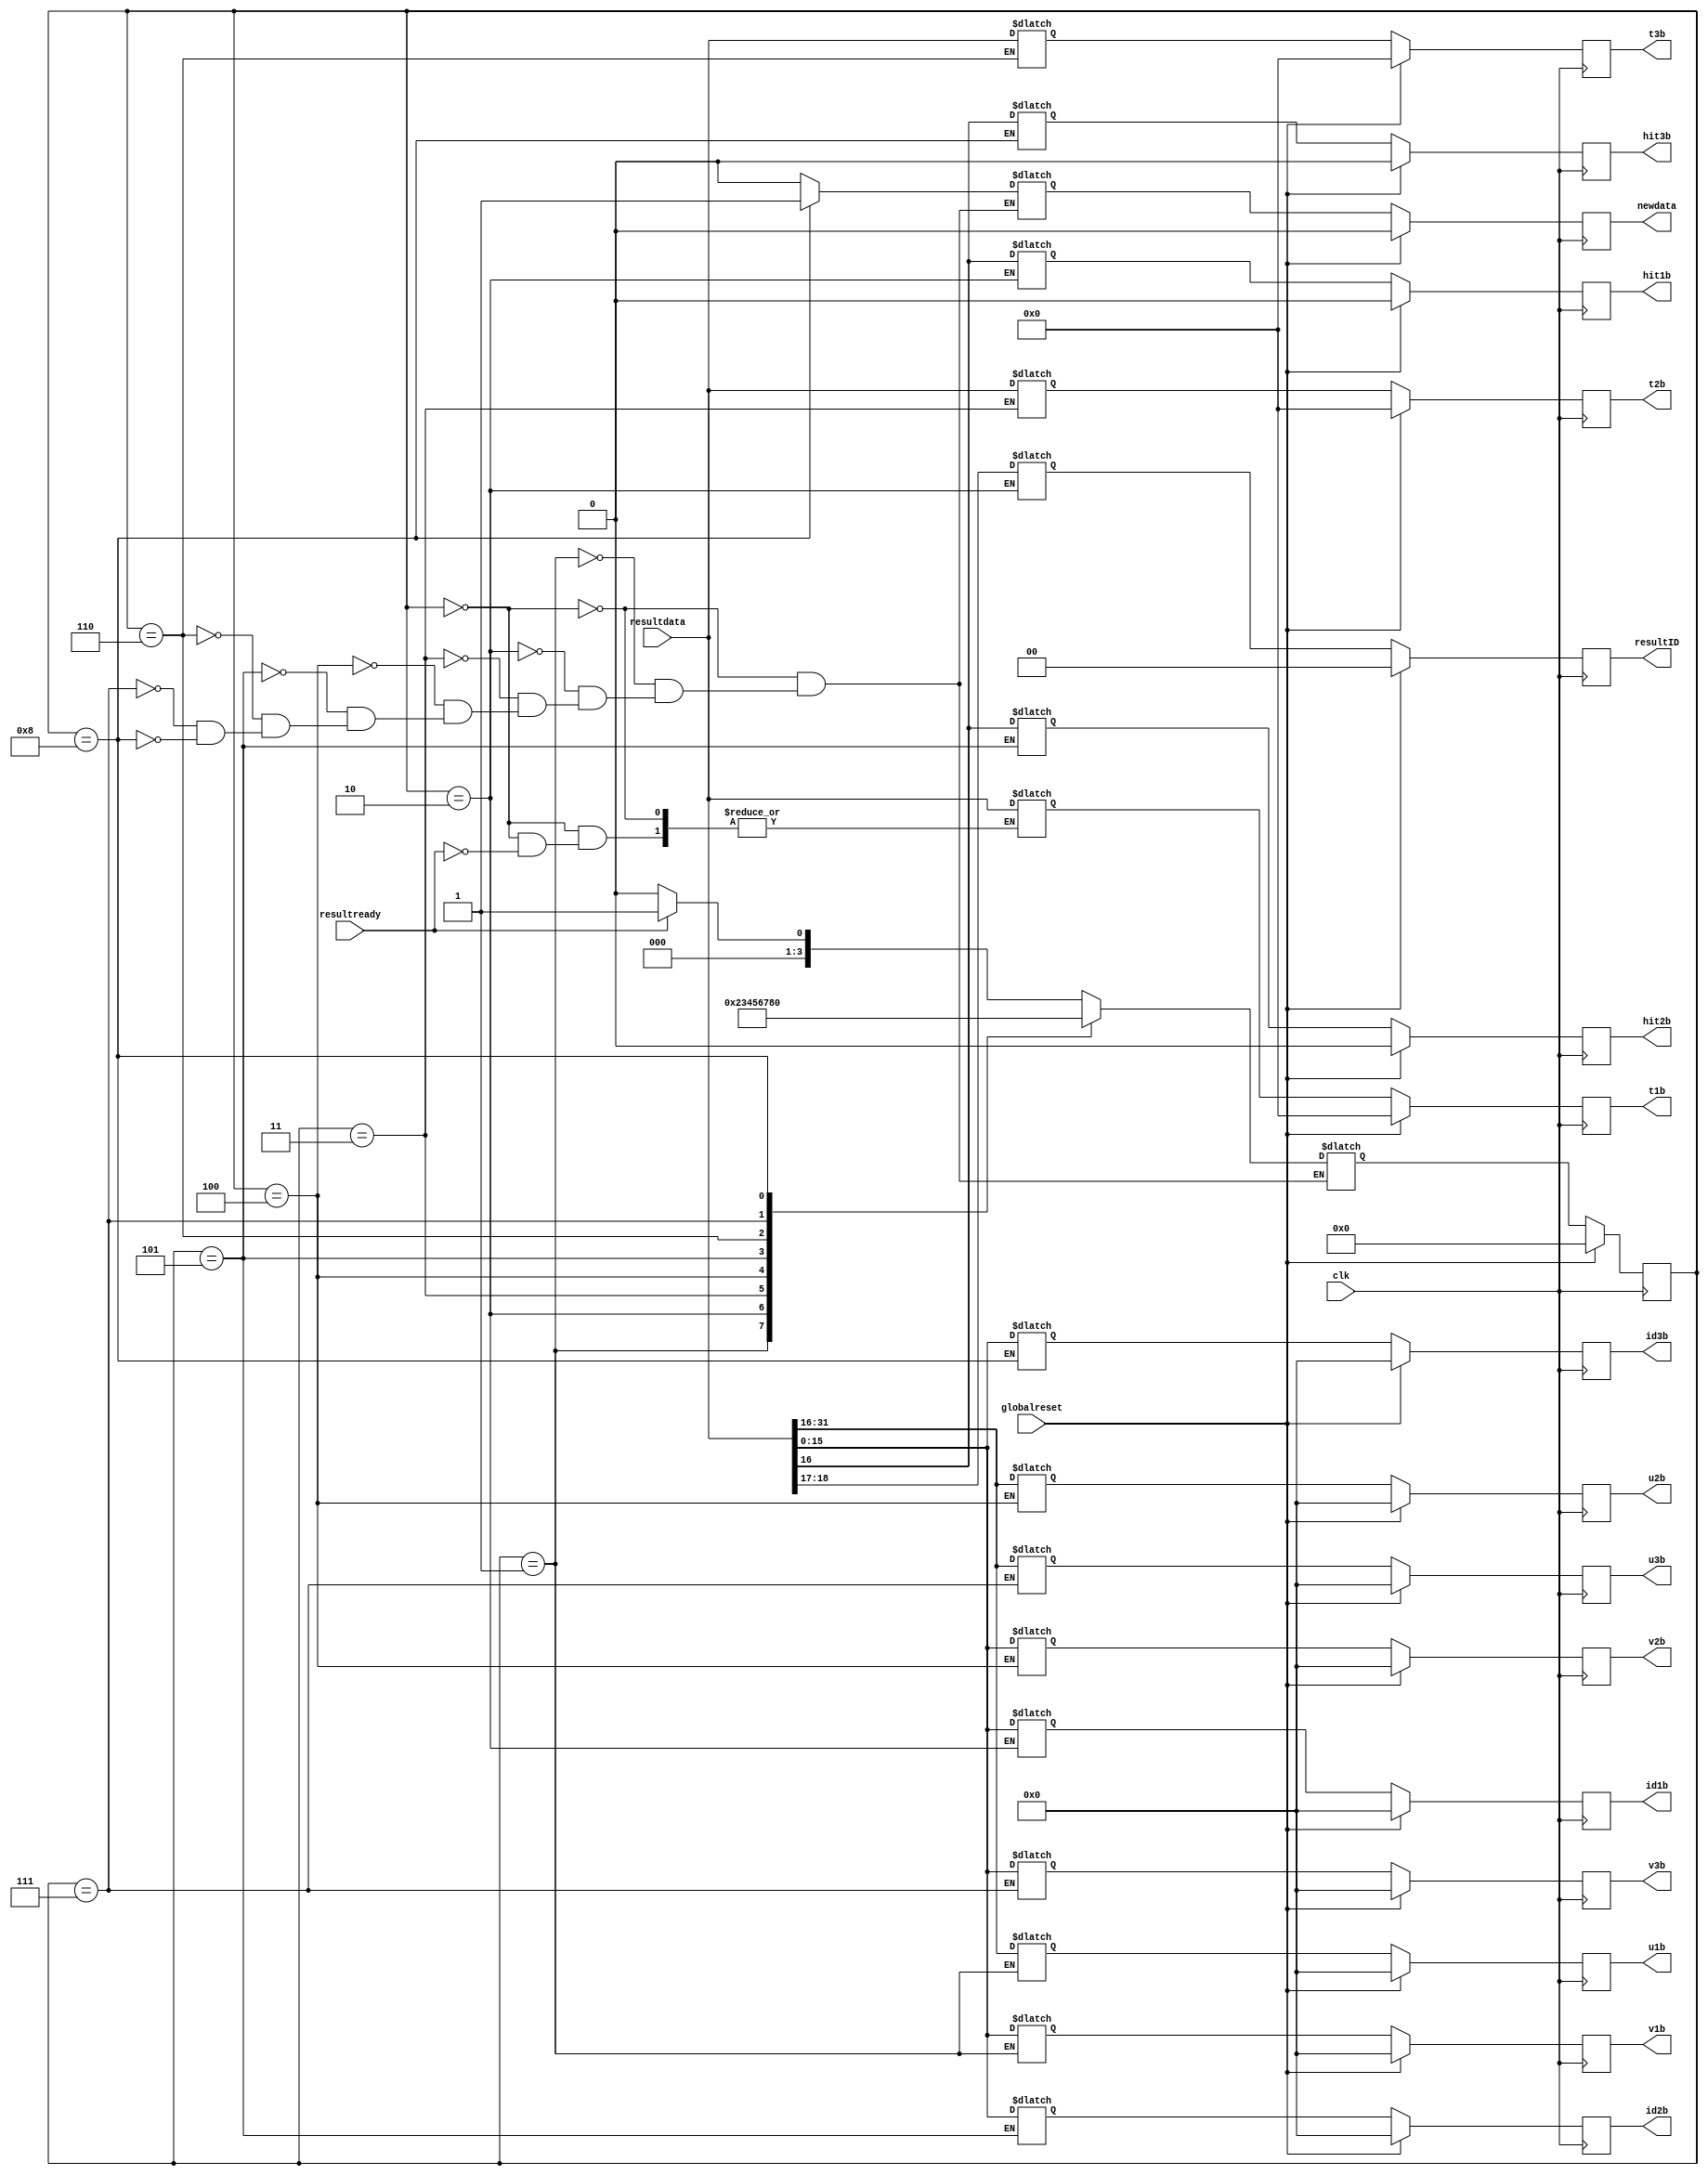
`define SIMULATION_MEMORY

module resultinterface (t1b, t2b, t3b, u1b, u2b, u3b, v1b, v2b, v3b, id1b, id2b, id3b, hit1b, hit2b, hit3b, resultID, newdata, resultready, resultdata, globalreset, clk);

    output[31:0] t1b; 
    reg[31:0] t1b;
    output[31:0] t2b; 
    reg[31:0] t2b;
    output[31:0] t3b; 
    reg[31:0] t3b;
    output[15:0] u1b; 
    reg[15:0] u1b;
    output[15:0] u2b; 
    reg[15:0] u2b;

    output[15:0] u3b; 
    reg[15:0] u3b;
    output[15:0] v1b; 
    reg[15:0] v1b;
    output[15:0] v2b; 
    reg[15:0] v2b;
    output[15:0] v3b; 
    reg[15:0] v3b;
    output[15:0] id1b; 
    reg[15:0] id1b;
    output[15:0] id2b; 
    reg[15:0] id2b;

    output[15:0] id3b; 
    reg[15:0] id3b;
    output hit1b; 
    reg hit1b;
    output hit2b; 
    reg hit2b;
    output hit3b; 
    reg hit3b;
    output[1:0] resultID; 
    reg[1:0] resultID;
    output newdata; 
    reg newdata;

    reg[31:0] temp_t1b;
    reg[31:0] temp_t2b;
    reg[31:0] temp_t3b;
    reg[15:0] temp_u1b;
    reg[15:0] temp_u2b;
    reg[15:0] temp_u3b;
    reg[15:0] temp_v1b;
    reg[15:0] temp_v2b;
    reg[15:0] temp_v3b;
    reg[15:0] temp_id1b;
    reg[15:0] temp_id2b;
    reg[15:0] temp_id3b;
    reg temp_hit1b;
    reg temp_hit2b;
    reg temp_hit3b;
    reg[1:0] temp_resultID;
    reg temp_newdata;

    input resultready; 
    input[31:0] resultdata; 
    input globalreset; 
    input clk; 

    reg[3:0] state; 
    reg[3:0] next_state; 

    always @(posedge clk)
    begin
       if (globalreset == 1'b1)
       begin
          state <= 0 ; 
          t1b <= 0;
          t2b <= 0;
          t3b <= 0;
          u1b <= 0;
          u2b <= 0;
          u3b <= 0;
          v1b <= 0;

          v2b <= 0;
          v3b <= 0;
          id1b <= 0;
          id2b <= 0;
          id3b <= 0;
          hit1b <= 1'b0 ; 
          hit2b <= 1'b0 ; 
          hit3b <= 1'b0 ; 
          resultID <= 0;
          newdata <= 1'b0 ; 
       end
       else
       begin
          state <= next_state ; 

						t1b <= temp_t1b;
          				newdata <= temp_newdata;
                         u1b <= temp_u1b;
                         v1b <= temp_v1b;
                         id1b <= temp_id1b;
                         hit1b <= temp_hit1b;
                         resultID <= temp_resultID;
                         t2b <= temp_t2b;
                         u2b <= temp_u2b;
                         id2b <= temp_id2b;
                         t3b <= temp_t3b;
                         u3b <= temp_u3b;
                         v3b <= temp_v3b;
                         id3b <= temp_id3b;
                         hit3b <= temp_hit3b;
                         v2b <= temp_v2b;
                         hit2b <= temp_hit2b;
       end 
    end 

    always @(state or resultready)
    begin
       case (state)
          0 :
                   begin

                      if (resultready == 1'b1)
                      begin
                         next_state = 1 ; 
                      end
                      else
                      begin
                         next_state = 0 ; 
                      end 
   				temp_newdata = 1'b0 ; 
                         if (resultready == 1'b1)
                         begin
                            temp_t1b = resultdata ; 
                         end 

                   end
          1 :
                   begin
                      next_state = 2 ; 
          				temp_newdata = 1'b0 ; 
                         temp_u1b = resultdata[31:16] ; 
                         temp_v1b = resultdata[15:0] ; 
                   end
          2 :
                   begin
                      next_state = 3 ; 
          				temp_newdata = 1'b0 ; 
                         temp_id1b = resultdata[15:0] ; 
                         temp_hit1b = resultdata[16] ; 
                         temp_resultID = resultdata[18:17] ; 
                   end
          3 :
                   begin

                      next_state = 4 ; 
          				temp_newdata = 1'b0 ; 
                         temp_t2b = resultdata ; 
                   end
          4 :
                   begin
                      next_state = 5 ; 
          				temp_newdata = 1'b0 ; 
                         temp_u2b = resultdata[31:16] ; 
                         temp_v2b = resultdata[15:0] ; 
                   end
          5 :
                   begin
                      next_state = 6 ; 
          				temp_newdata = 1'b0 ; 
                         temp_id2b = resultdata[15:0] ; 
                         temp_hit2b = resultdata[16] ; 
                   end
          6 :
                   begin

                      next_state = 7 ; 
          				temp_newdata = 1'b0 ; 
                         temp_t3b = resultdata ; 
                   end
          7 :
                   begin
                      next_state = 8 ; 
          				temp_newdata = 1'b0 ; 
                         temp_u3b = resultdata[31:16] ; 
                         temp_v3b = resultdata[15:0] ; 
                   end
          8 :
                   begin
                      next_state = 0 ; 
                         temp_id3b = resultdata[15:0] ; 
                         temp_hit3b = resultdata[16] ; 
                         temp_newdata = 1'b1 ; 
                   end
       endcase 
    end 

 endmodule